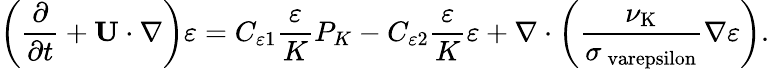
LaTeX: \left({\frac{\partial}{\partial t}+{\mathbf{U}}\cdot\nabla}\right)\varepsilon=C_{\varepsilon 1}\frac{\varepsilon}{K}P_{K}-C_{\varepsilon 2}\frac{\varepsilon}{K}\varepsilon+\nabla\cdot\left({\frac{\nu_{\mathrm{{K}}}}{\sigma_{\mathrm{{\ varepsilon}}}}\nabla\varepsilon}\right).